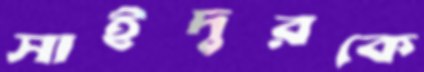
সাইদুরকে